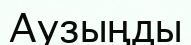
Аузыңды